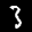
Label: 3